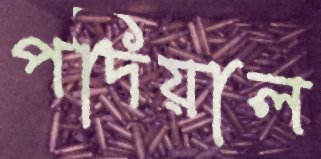
পদিয়াল